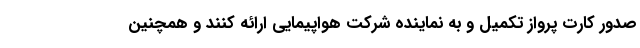
صدور کارت پرواز تکمیل و به نماینده شرکت هواپیمایی ارائه کنند و همچنین